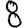
Digit: 8